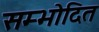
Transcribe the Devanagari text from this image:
सम्भोदित